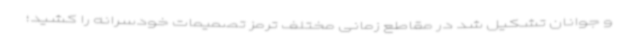
و جوانان تشکیل شد در مقاطع زمانی مختلف ترمز تصمیمات خودسرانه را کشید؛